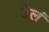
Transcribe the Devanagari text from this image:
तेलं